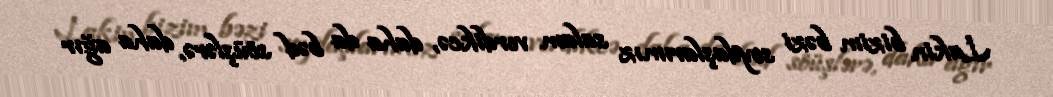
Lakin bizim bəzi soydaşlarımız salam verdikcə, daha da bəd söüşlərə, daha ağır